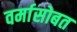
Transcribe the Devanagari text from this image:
वर्मासोबत